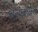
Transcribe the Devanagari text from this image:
बज़बॉक्स